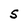
Character: S